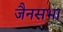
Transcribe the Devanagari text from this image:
जैनसभा